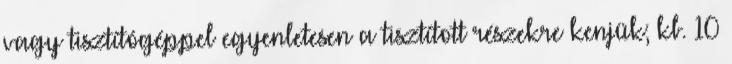
vagy tisztítógéppel egyenletesen a tisztított részekre kenjük; kb. 10